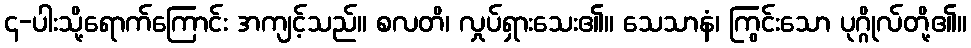
၄-ပါးသို့ရောက်ကြောင်း အကျင့်သည်။ စလတိ၊ လှုပ်ရှားသေး၏။ သေသာနံ၊ ကြွင်းသော ပုဂ္ဂိုလ်တို့၏။